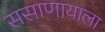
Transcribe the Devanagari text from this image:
ससाणायाला